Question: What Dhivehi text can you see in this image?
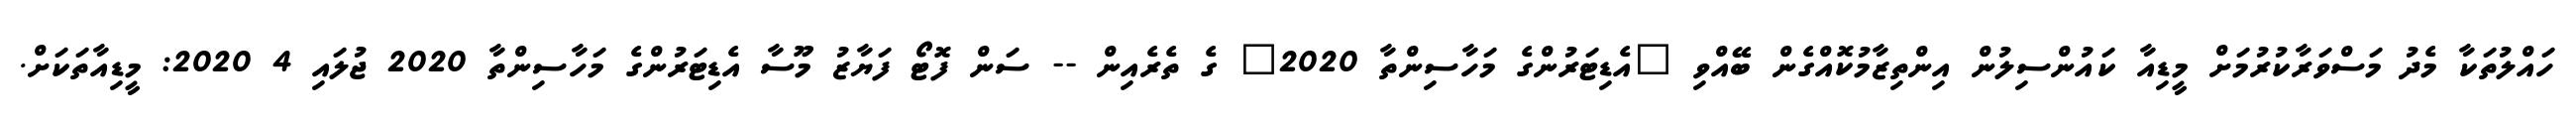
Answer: ހައްލުތަކާ މެދު މަސްވަރާކުރުމަށް މީޑިއާ ކައުންސިލުން އިންތިޒާމުކޮއްގެން ބޭއްވި "އެޑިޓަރުންގެ މަހާސިންތާ 2020" ގެ ތެރެއިން -- ސަން ފޮޓޯ ފަޔާޒު މޫސާ އެޑިޓަރުންގެ މަހާސިންތާ 2020 ޖުލައި 4 2020: މީޑިއާތަކަށް.